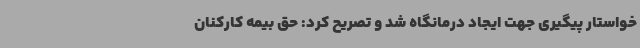
خواستار پیگیری جهت ایجاد درمانگاه شد و تصریح کرد: حق بیمه کارکنان